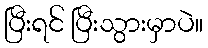
ပြီးရင် ပြီးသွားမှာပဲ။